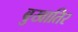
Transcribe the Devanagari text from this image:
बुखातिर